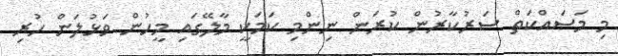
މި މަސައްކަތް ސަރުކާރުން ކުރަން ނިންމި ކަމަކީ މާލޭގައި މީހުން ވަޅުލަން ހުރި